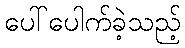
ပေါ်ပေါက်ခဲ့သည့်